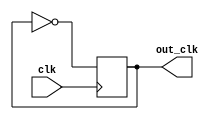
`timescale 1ns / 1ps

/*******************************************************************  
*  
* Module: IntMem.v  
* Project: SSRisc  
* Description: A clock divider that halfs the clock frequency 
*  
* Change history: 08/07/19 - created  
*      
*  **********************************************************************/ 


module clock_divider( clk ,out_clk );
output reg out_clk;
input clk ;

initial begin
     out_clk = 1'b0;	
end
always @(posedge clk)
begin
     out_clk <= !out_clk;	
end
endmodule